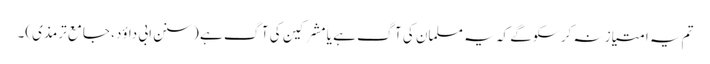
تم یہ امتیاز نہ کر سکو گے کہ یہ مسلمان کی آگ ہے یا مشرکین کی آگ ہے (سنن ابی داؤد، جامع ترمذی)۔